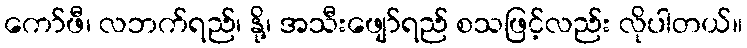
ကော်ဖီ၊ လဘက်ရည်၊ နို့၊ အသီးဖျော်ရည် စသဖြင့်လည်း လိုပါတယ်။